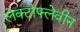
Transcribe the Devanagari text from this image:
लेक्टोफ्लेवीन